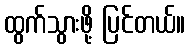
ထွက်သွားဖို့ ပြင်တယ်။